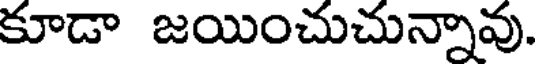
కూడా జయించుచున్నావు.